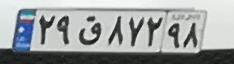
۲۹ق۸۷۲۹۸